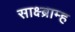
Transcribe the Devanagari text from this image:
साक्ष्ब्राम्ह